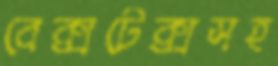
বেক্সটেক্সসহ